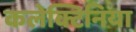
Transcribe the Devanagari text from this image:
कलेक्टिनिया